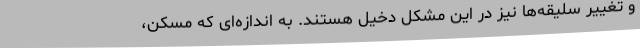
و تغییر سلیقه‌ها نیز در این مشکل دخیل هستند. به اندازه‌ای که مسکن،